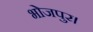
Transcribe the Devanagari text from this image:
भोजपुर।